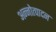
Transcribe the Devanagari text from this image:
अन्नोत्पादन